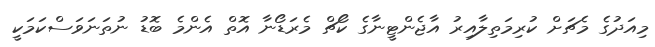
މިއަދުގެ މެޗަށް ކުރިމަތިލާއިރު އާޖެންޓީނާގެ ކޯޗް މެރަޑޯނާ އޮތް އެންމެ ބޮޑު ނުތަނަވަސްކަމަކީ